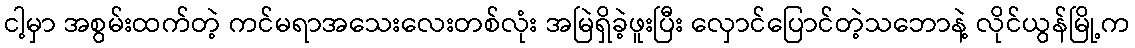
ငါ့မှာ အစွမ်းထက်တဲ့ ကင်မရာအသေးလေးတစ်လုံး အမြဲရှိခဲ့ဖူးပြီး လှောင်ပြောင်တဲ့သဘောနဲ့ လိုင်ယွန်မြို့က